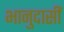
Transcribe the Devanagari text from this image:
भानुदासीं